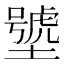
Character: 㙱